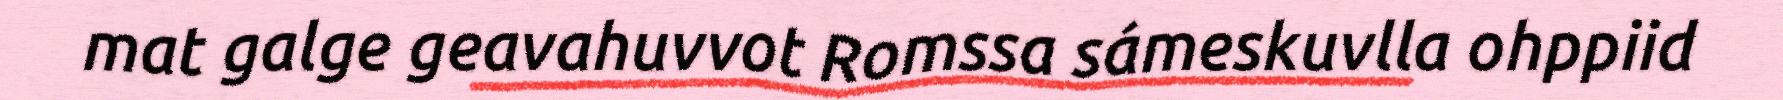
mat galge geavahuvvot Romssa sámeskuvlla ohppiid